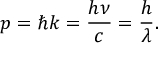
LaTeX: p = \hbar k = { \frac { h \nu } { c } } = { \frac { h } { \lambda } } .